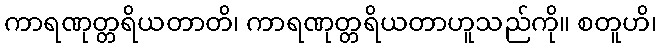
ကာရဏုတ္တရိယတာတိ၊ ကာရဏုတ္တရိယတာဟူသည်ကို။ စတူဟိ၊